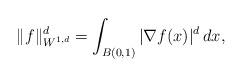
LaTeX: \begin{align*}\|f\|_{W^{1,d}}^d = \int_{B(0,1)} |\nabla f(x)|^d \, dx,\end{align*}